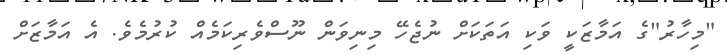
"މިހާރު"ގެ އަމާޒަކީ ވަކި އަތަކަށް ނުޖެހޭ މިނިވަން ނޫސްވެރިކަމެއް ކުރުމެވެ. އެ އަމާޒަށް